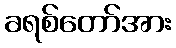
ခရစ်တော်အား